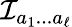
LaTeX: {\cal I}_{a_{1}...a_{\ell}}